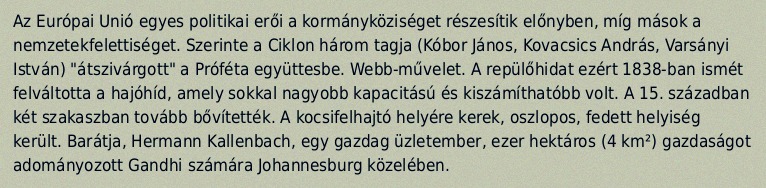
Az Európai Unió egyes politikai erői a kormányköziséget részesítik előnyben, míg mások a nemzetekfelettiséget. Szerinte a Ciklon három tagja (Kóbor János, Kovacsics András, Varsányi István) "átszivárgott" a Próféta együttesbe. Webb-művelet. A repülőhidat ezért 1838-ban ismét felváltotta a hajóhíd, amely sokkal nagyobb kapacitású és kiszámíthatóbb volt. A 15. században két szakaszban tovább bővítették. A kocsifelhajtó helyére kerek, oszlopos, fedett helyiség került. Barátja, Hermann Kallenbach, egy gazdag üzletember, ezer hektáros (4 km²) gazdaságot adományozott Gandhi számára Johannesburg közelében.